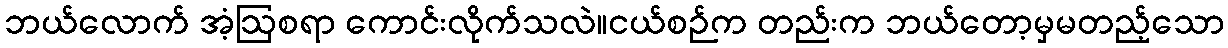
ဘယ်လောက် အံ့ဩစရာ ကောင်းလိုက်သလဲ။ငယ်စဉ်က တည်းက ဘယ်တော့မှမတည့်သော